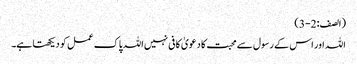
(الصف : 2-3)
اللہ اور اس کے رسول سے محبت کا دعویٰ کافی نہیں اللہ پاک عمل کو دیکھتا ہے۔